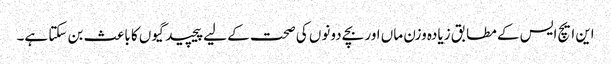
این ایچ ایس کے مطابق زیادہ وزن ماں اور بچے دونوں کی صحت کے لیے پیچید گیوں کا باعث بن سکتا ہے۔